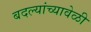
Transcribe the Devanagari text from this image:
बदल्यांच्यावेळी